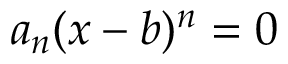
a _ { n } ( x - b ) ^ { n } = 0